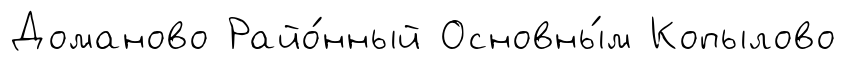
Доманово Райо́нный Основны́м Копылово